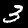
Digit: 3